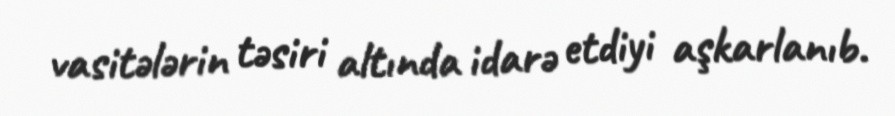
vasitələrin təsiri altında idarə etdiyi aşkarlanıb.